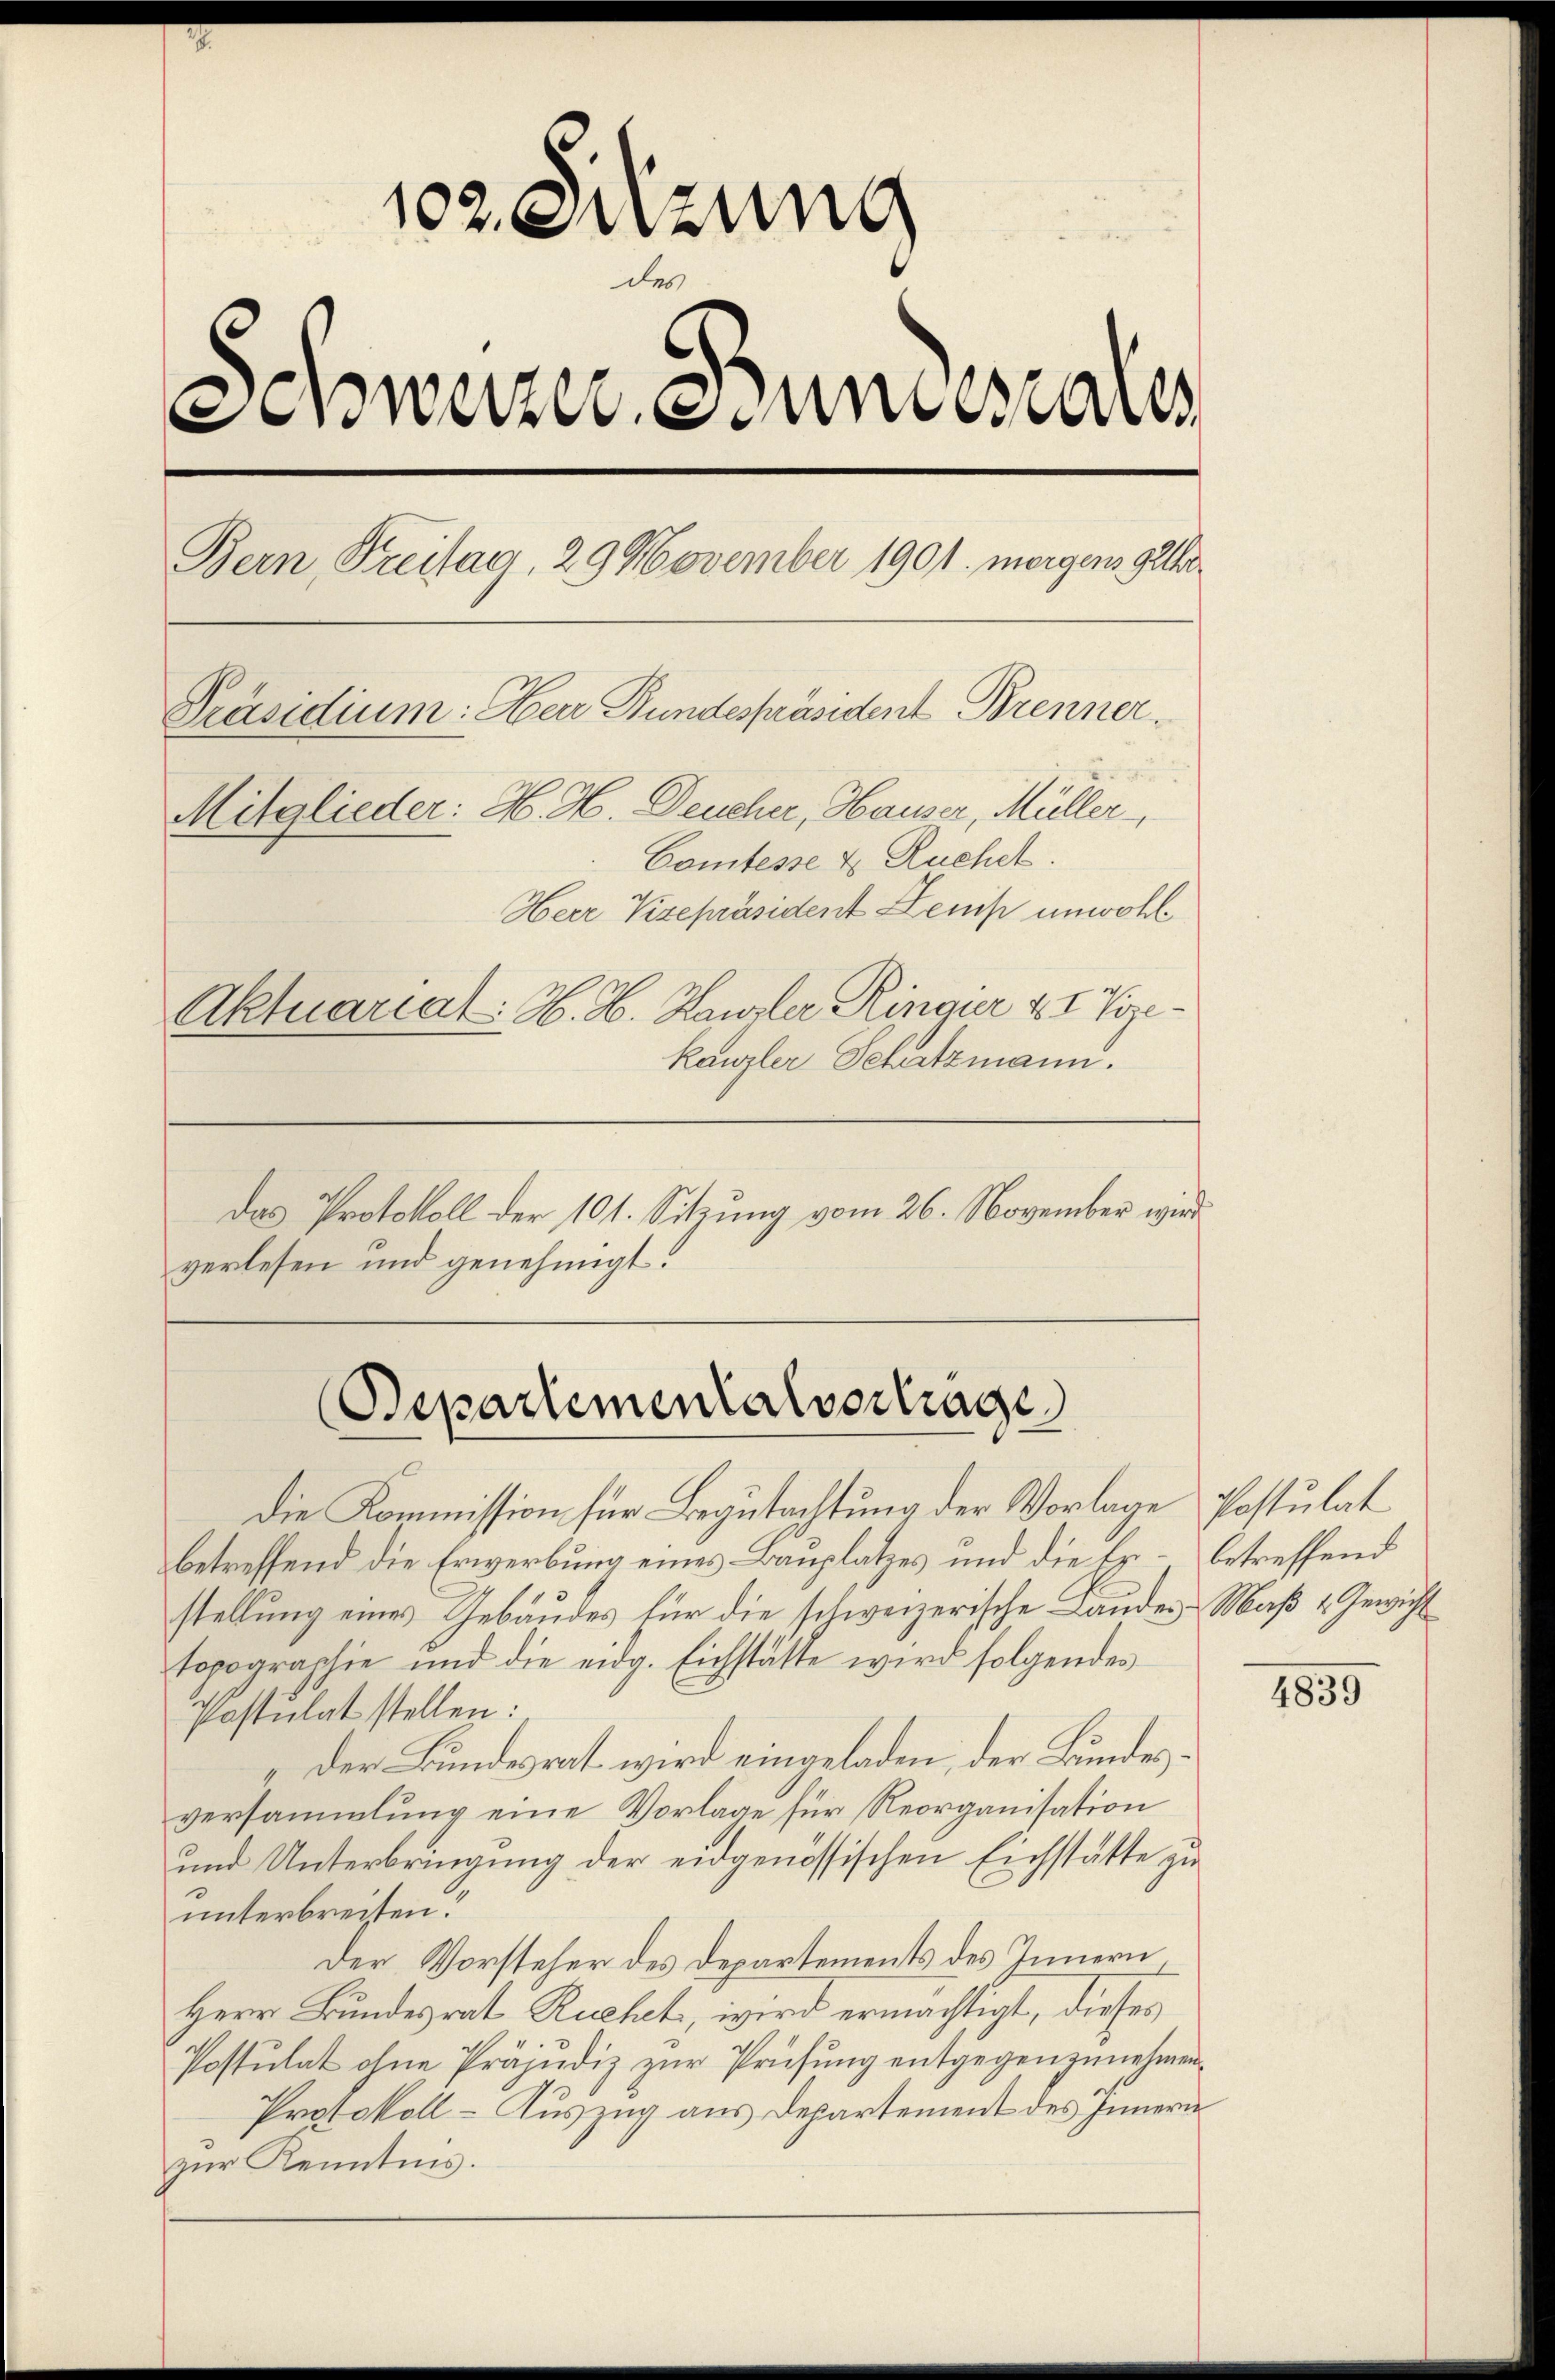
102. Setzung
des
Schweizer Stundesaus
Bern, Freitag, 29 November 1901. morgens gelter
Präsidium: Herr Bundespräsident Brenner
Mitglieder: H. H. Deucher, Hauser, Müller
Comtesse & Ruchet.
Herr Vizepräsident Lenis unwohl
Aktuariat. H. H. Kanzler Ringier u Vize-
kanzler Schatzmann.

das Protokoll der 101. Sitzung vom 26. November wird
verlesen und genehmigt.

Bepartementalvertrage

Die Kommission für Begutachtung der Vorlage Postulat
betreffend die Erwerbung eines Bauplatzes und die Er- betreffend
stellung eines Gebäudes für die schweizerische Landes Maß & Gewicht
topographie und die eidg. Eichstätte wird folgendes
Postulat stellen:
„Der Bundesrat wird eingeladen, der Bundes
versammlung eine Vorlage für Reorganisation
und Unterbringung der eidgenössischen Eichstätte zu
unterbreiten?
Der Vorsteher des Departements des Innern
Herr Bundesrat Ruchet, wird ermächtigt, dieses
Postulat ohne Präjudiz zur Prüfung entgegenzunehmen.
Protokoll- Auszug aus Departement des Innern
zur Kenntnis.

1859